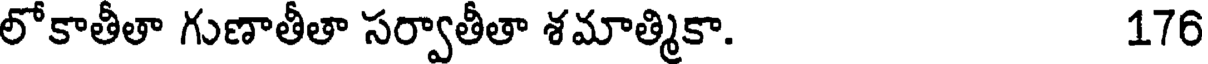
లోకాతీతా గుణాతీతా సర్వాతీతా శమాత్మికా. 176